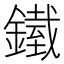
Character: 𨬿